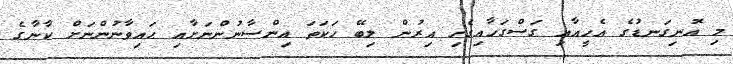
މި އޮނިގަނޑުގެ އެހީއާއި ގަސްގަހާއިގެހި އިރުން ލިބޭ ހަކަތަ އިންސާނުންނަށާއި ޙައިވާނުންނަށް ކާނާގެ